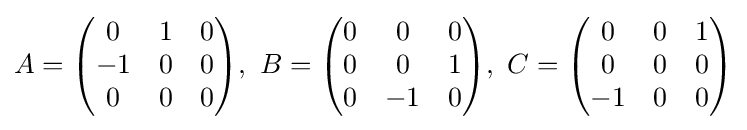
A={\begin{pmatrix}0&1&0\\-1&0&0\\0&0&0\end{pmatrix}},\,\,B={\begin{pmatrix}0&0&0\\0&0&1\\0&-1&0\end{pmatrix}},\,\,C={\begin{pmatrix}0&0&1\\0&0&0\\-1&0&0\end{pmatrix}}